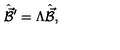
\hat { \vec { \cal B } } { } ^ { \prime } = \Lambda \hat { \vec { \cal B } } ,